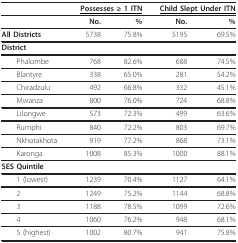
|  | <COLSPAN=2> <underline>Possesses ≥ 1 ITN</underline> | <COLSPAN=2> <underline>Child Slept Under ITN</underline> |
 | --- | --- | --- | --- | --- |
 |  | No. | % | No. | % |
 | All Districts | 5738 | 75.8% | 5195 | 69.5% |
 | District |  |  |  |  |
 | Phalombe | 768 | 82.6% | 688 | 74.5% |
 | Blantyre | 338 | 65.0% | 281 | 54.2% |
 | Chiradzulu | 492 | 66.8% | 332 | 45.1% |
 | Mwanza | 800 | 76.0% | 724 | 68.8% |
 | Lilongwe | 573 | 72.3% | 499 | 63.6% |
 | Rumphi | 840 | 72.2% | 803 | 69.7% |
 | Nkhotakhota | 919 | 77.2% | 868 | 73.1% |
 | Karonga | 1008 | 85.3% | 1000 | 88.1% |
 | SES Quintile |  |  |  |  |
 | 1 (lowest) | 1239 | 70.4% | 1127 | 64.1% |
 | 2 | 1249 | 75.2% | 1144 | 68.8% |
 | 3 | 1188 | 78.5% | 1099 | 72.6% |
 | 4 | 1060 | 76.2% | 948 | 68.1% |
 | 5 (highest) | 1002 | 80.7% | 941 | 75.8% |